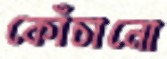
কোঁচানো